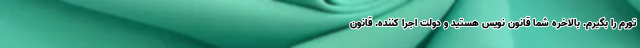
تورم را بگیرم. بالاخره شما قانون نویس هستید و دولت اجرا کننده. قانون